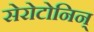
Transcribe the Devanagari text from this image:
सेरोटोनिन्